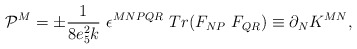
\begin{align*}{\cal P}^M = \pm \frac{1}{8 e_5^2 k} \ \epsilon^{M N P Q R} \ Tr( F_{N P} \ F_{Q R} ) \equiv \partial_N K^{M N} ,\end{align*}